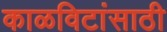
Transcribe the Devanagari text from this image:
काळविटांसाठी